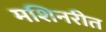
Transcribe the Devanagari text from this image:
मशिनरीत